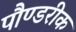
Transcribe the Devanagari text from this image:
पौण्डरीक